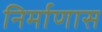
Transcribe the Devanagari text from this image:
निर्माणास